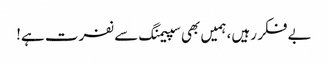
بے فکر رہیں، ہمیں بھی سپیمنگ سے نفرت ہے!